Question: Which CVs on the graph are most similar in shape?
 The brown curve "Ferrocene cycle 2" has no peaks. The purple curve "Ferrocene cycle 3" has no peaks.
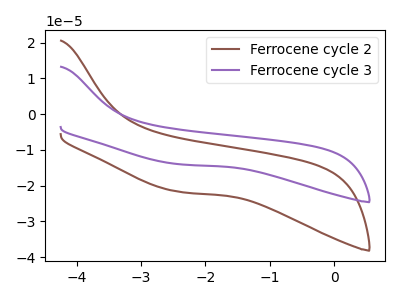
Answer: <think>Neither "Ferrocene cycle 2" or "Ferrocene cycle 3" have any peaks.
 </think>
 <answer>"Ferrocene cycle 2" and "Ferrocene cycle 3" have the same shape and are likely CV's of the same chemical.</answer>
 <eval>"Ferrocene cycle 2" "Ferrocene cycle 3"</eval>